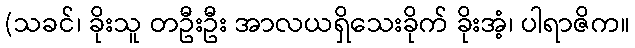
(သခင်၊ ခိုးသူ တဦးဦး အာလယရှိသေးခိုက် ခိုးအံ့၊ ပါရာဇိက။